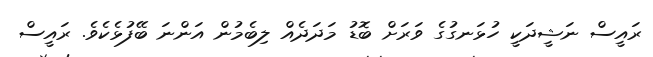
ރައީސް ނަޝީދަކީ ހުޅަނގުގެ ވަރަށް ބޮޑު މަދަދެއް ލިބެމުން އަންނަ ބޭފުޅެކެވެ. ރައީސް